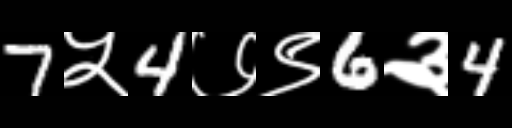
Text: 7५4७९6३4